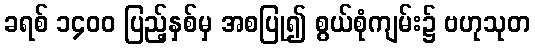
ခရစ် ၁၄၀၀ ပြည့်နှစ်မှ အစပြု၍ စွယ်စုံကျမ်း၌ ဗဟုသုတ